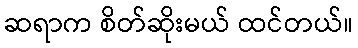
ဆရာက စိတ်ဆိုးမယ် ထင်တယ်။